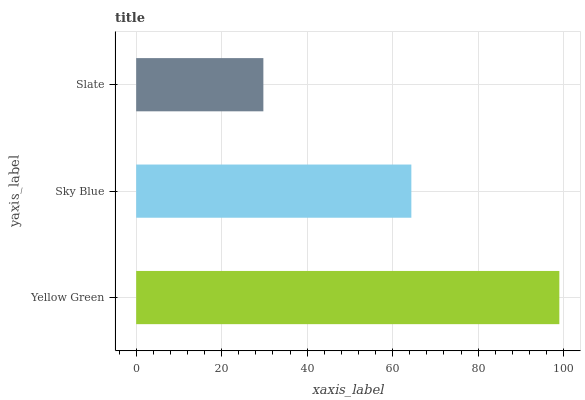
| yaxis_label | bars |
 | --- | --- |
 | Yellow Green | 99 |
 | Sky Blue | 64.4 |
 | Slate | 29.8 |